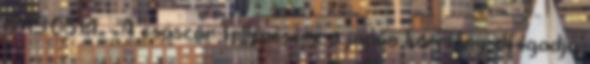
1945.08.14. - A császár fellépésére a japán kormány elfogadja